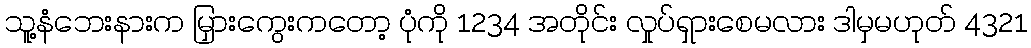
သူ့နံဘေးနားက မြှားကွေးကတော့ ပုံကို 1234 အတိုင်း လှုပ်ရှားစေမလား ဒါမှမဟုတ် 4321